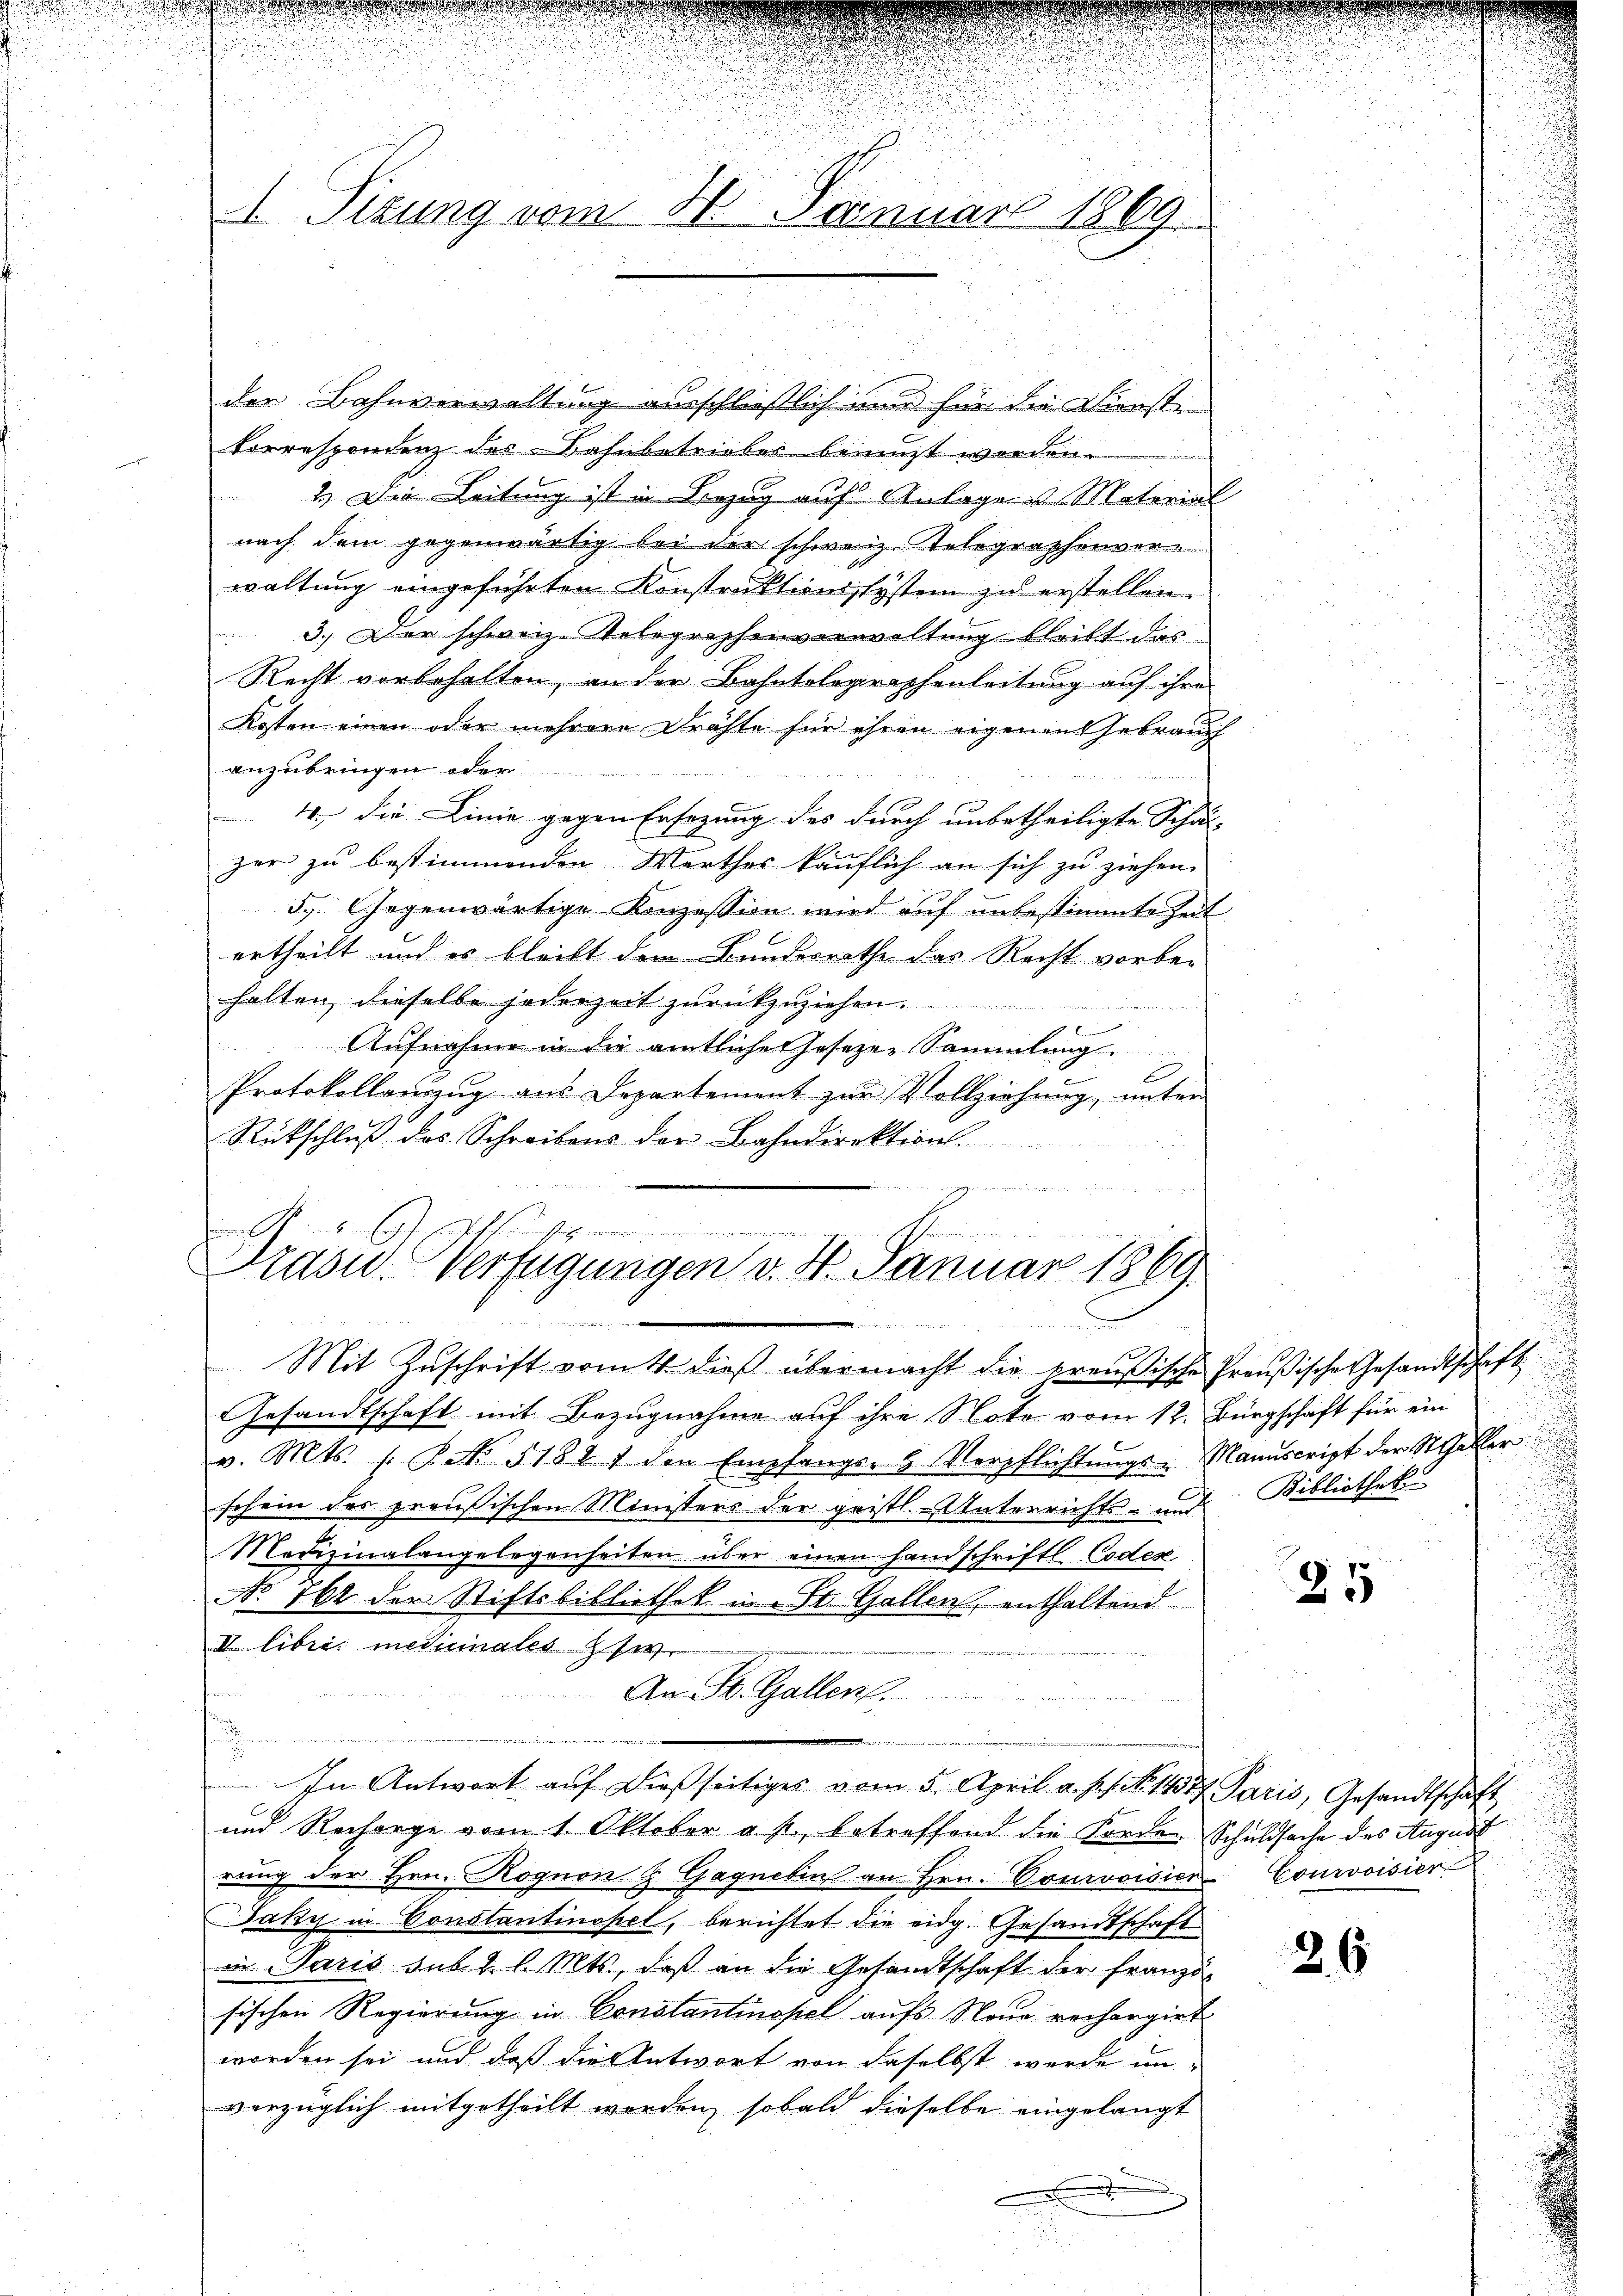
d
u
A. Sizung vom
4. Januar 1869.

der Bahnverwaltung ausschließlich und für die Finste
Correspondenz des Bahnbetriebes benuzt worden.
2. Die Leitung ist in Bezug auf Anlage u. Material
nach dem gegenwärtig bei der schweiz. Telegraphenver-
waltung eingeführten Konstruktionssystem zu erstellen.
3.) Der schweiz. Telegraphenverwaltung bleibt das
Recht vorbehalten, an der Bahntelegraphenleitung auf ihre
Kosten einen oder mehrere Drahte für ihren eigenen Gebrauch
anzubringen oder
4., die Linie gegen Ersezung des durch unbetheiligte Schul-
zer zu bestimmenden Werthes käuflich an sich zu ziehen.
5.) Gegenwärtige Konzession wird auf unbestimmte Zeit
ertheilt und es bleibt dem Bundesrathe das Recht vorbe-
halten, dieselbe jederzeit zurückzuziehen.
b
Aufnahme in die amtliche Hosezen Sammlung.
n
b
Protokollanzug aus Departement zur Vollziehung, unter
Rückschlŭβ des Schreibens der Bahndirektion.

m Gfen den Er
n
Drasu. Verfügungen v. 4. Januar 1869.

Mit Zuschrift vom 4. dieß übermacht die preußische Preußische Gesandtschaft
Gesandtschaft mit Bezugnahme auf ihre Note vom 12. Bürgschaft für ein
v. Mts. s. S. No. 51847 den Empfangs- & Verpflichtŭngs-Manuscript der Steller
schein des preußischen Ministens der geistl. Unterrichts- und
Medizinalangelegenheiten über einen Handschriftl. Codex
No 162 der Stiftsbibliothek in St. Gallen, enthaltend
II libri: medicinales se
An St. Gallen.
t
.
In Antwort auf dießseitiges vom 5. April a. p. 1. No. 1427 Paris, Gesandtschäft
und Recharge vom 1. Oktober a. p. betreffend die Forden Schuldsache des August
rung der Hrn. Rognen & Gaqnibus an Hrn. Courvoisien-Courvoisier
Jaky in Constantinopel, berichtet die eidg. Gesandtschaft
in Paris sub 2 l. Mts., daß an die Gesandtschaft der Franzö-
sischen Regierung in Constantinopel aufs Neue rechergirt.
worden sei und daß die Antwort von daselbst werde un-
verzüglich mitgetheilt worden, sobald dieselbe eingelangt

u

Kibliothek

25

26